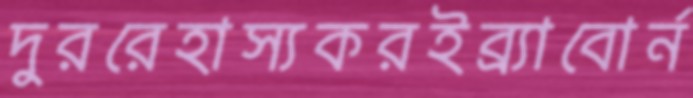
দুররেহাস্যকরইব্র্যাবোর্ন